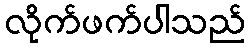
လိုက်ဖက်ပါသည်